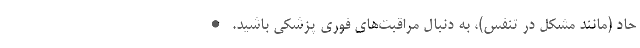
حاد (مانند مشکل در تنفس)، به دنبال مراقبت‌های فوری پزشکی باشید. •